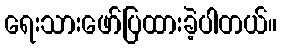
ရေးသားဖော်ပြထားခဲ့ပါတယ်။